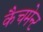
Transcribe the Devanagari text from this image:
कैचमेन्ट